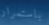
باستمرار